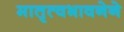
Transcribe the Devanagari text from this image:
मातृत्वभावनेने